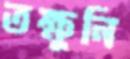
তক্ষুনি